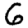
Digit: 6